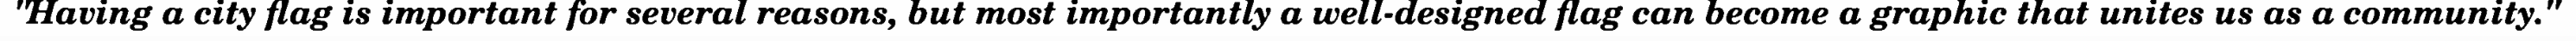
"Having a city flag is important for several reasons, but most importantly a well-designed flag can become a graphic that unites us as a community."